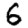
Digit: 6